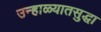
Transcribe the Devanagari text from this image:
उन्हाळ्यातसुद्धा